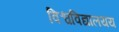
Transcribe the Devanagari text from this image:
विश्वविद्यालयय